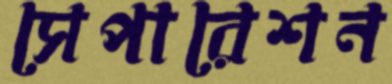
সেপারেশন